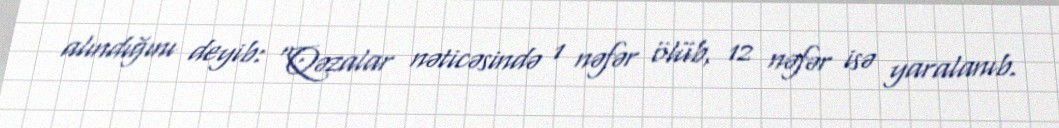
alındığını deyib: “Qəzalar nəticəsində 1 nəfər ölüb, 12 nəfər isə yaralanıb.